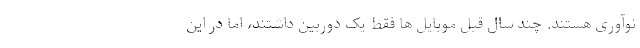
نوآوری هستند. چند سال قبل موبایل ها فقط یک دوربین داشتند، اما در این